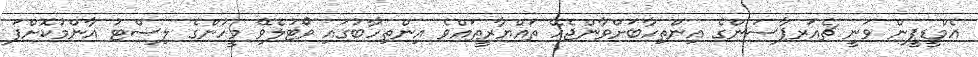
އެމްޑީޕީން ވަނީ ޗެއަރޕާސަންގެ އިންތިހާބަށްވާންޖެހޭ ތައްޔާރީތައްވެ އިންތިހާބުގައި ވޯޓުލެވޭ މީހުންގެ ލިސްޓު އާންމުކޮށްފަ